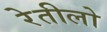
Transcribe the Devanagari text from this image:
रेतीलो